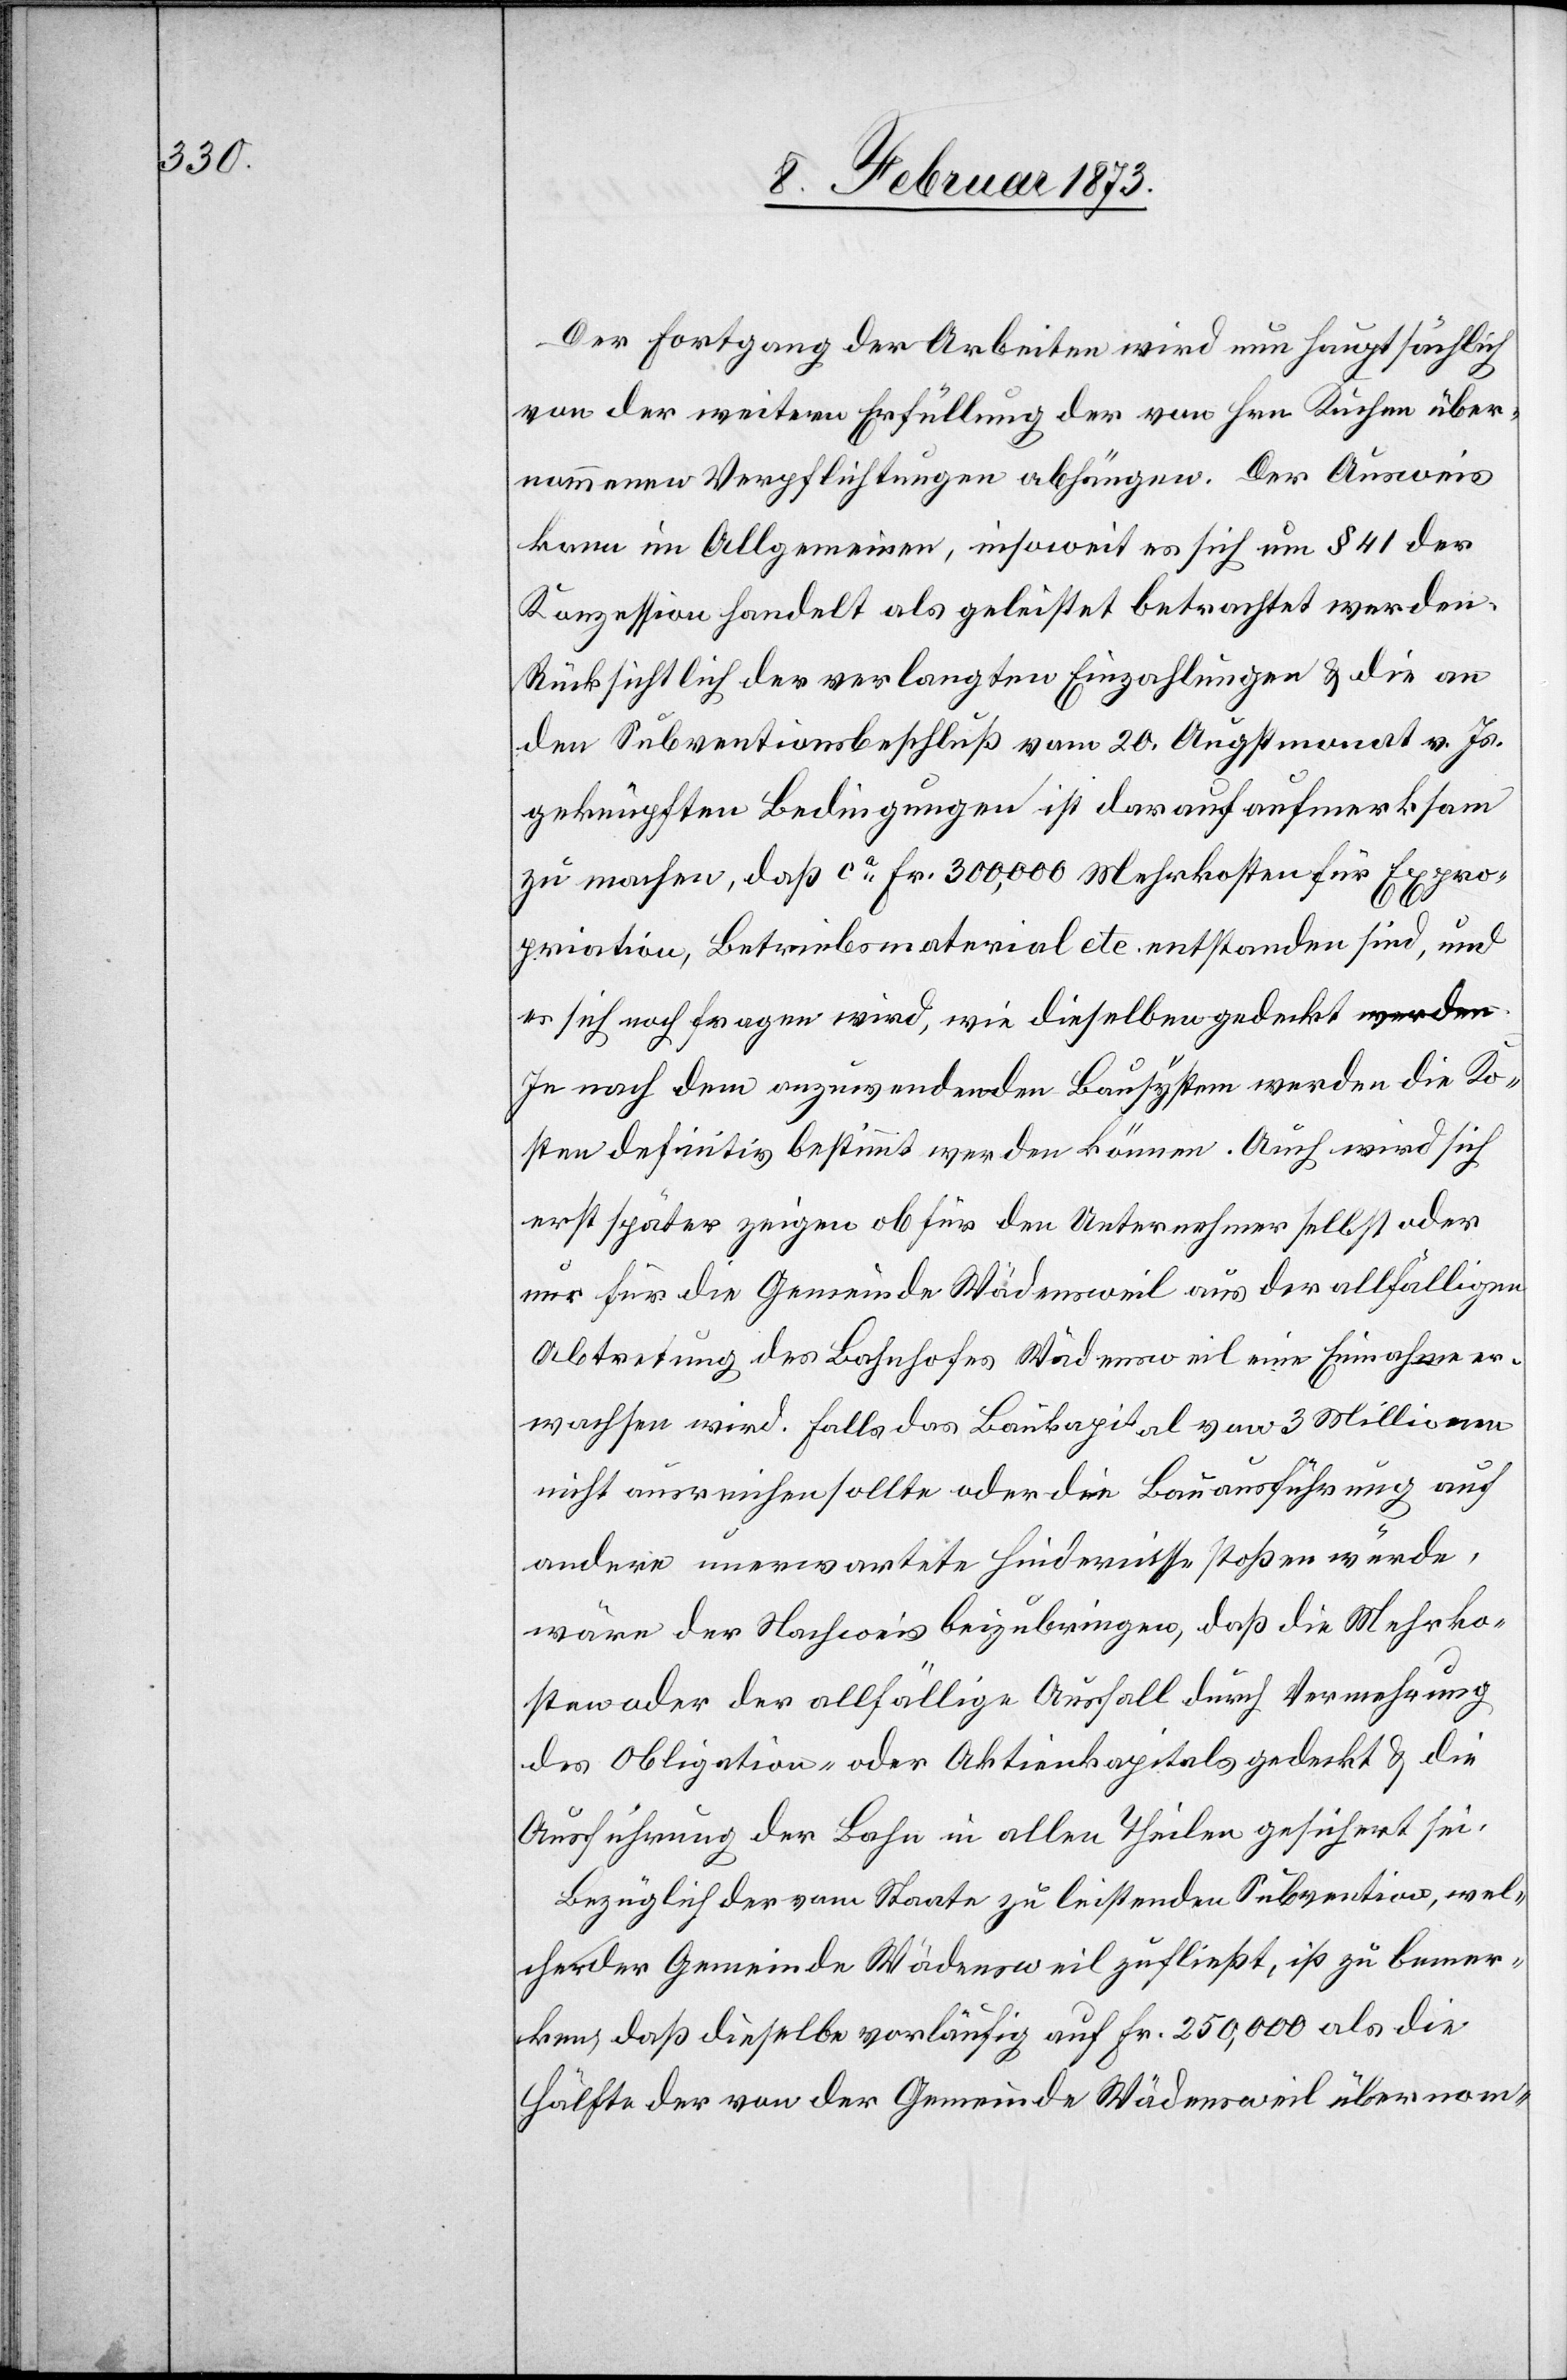
Der Fortgang der Arbeiten wird nun hauptsächlich
von der weitern Erfüllung der von Hrn. Kuchen über¬
nommenen Verpflichtungen abhängen. Der Ausweis
kann im Allgemeinen, insoweit es sich um § 41 der
Konzession handelt als geleistet betrachtet werden.
Rücksichtlich der verlangten Einzahlungen u. die an
den Subventionsbeschluß vom 20. Augstmonat v. Js.
geknüpften Bedingungen ist darauf aufmerksam
zu machen, daß ca Fr. 300,000 Mehrkosten für Expro¬
priation, Betriebsmaterial etc. entstanden sind, und
es sich noch fragen wird, wie dieselbe gedeckt werden.
Je nach dem anzuwendenden Bausystem werden die Ko¬
sten definitiv bestimmt werden können. Auch wird sich
erst später zeigen[,] ob für den Unternehmer selbst oder
nur für die Gemeinde Wädensweil aus der allfälligen
Abtretung des Bahnhofes Wädensweil eine Einnahme er¬
wachsen wird. Falls das Baukapital von 3 Millionen
nicht ausreichen sollte oder die Bauausführung auf
andere unerwartete Hindernisse stoßen würde,
wäre der Nachweis beizubringen, daß die Mehrko¬
sten oder der allfällige Ausfall durch Vermehrung
des Obligation- oder Aktienkapitals gedeckt u. die
Ausführung der Bahn in allen Theilen gesichert sei.
Bezüglich der vom Staate zu leistenden Subvention, wel¬
che der Gemeinde Wädensweil zufließt, ist zu bemer¬
ken, daß dieselbe vorläufig auf Fr. 250,000 als die
[recte: des] von der Gemeinde Wädensweil übernom-